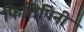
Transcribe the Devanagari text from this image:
फिलिपिनी